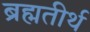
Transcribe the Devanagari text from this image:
ब्रह्मतीर्थ